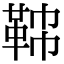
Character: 𩊟